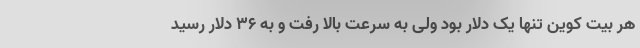
هر بیت کوین تنها یک دلار بود ولی به سرعت بالا رفت و به ۳۶ دلار رسید